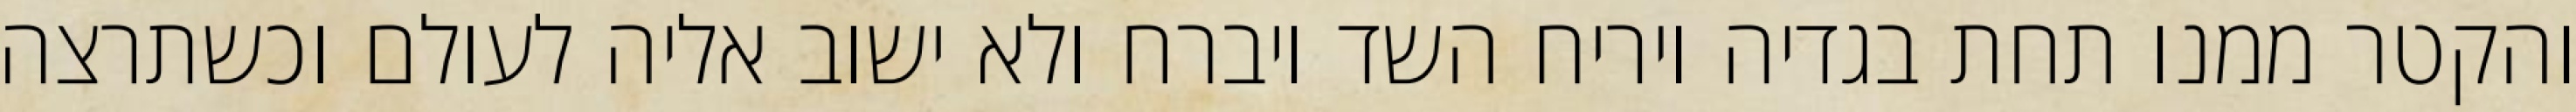
והקטר ממנו תחת בגדיה ויריח השד ויברח ולא ישוב אליה לעולם וכשתרצה